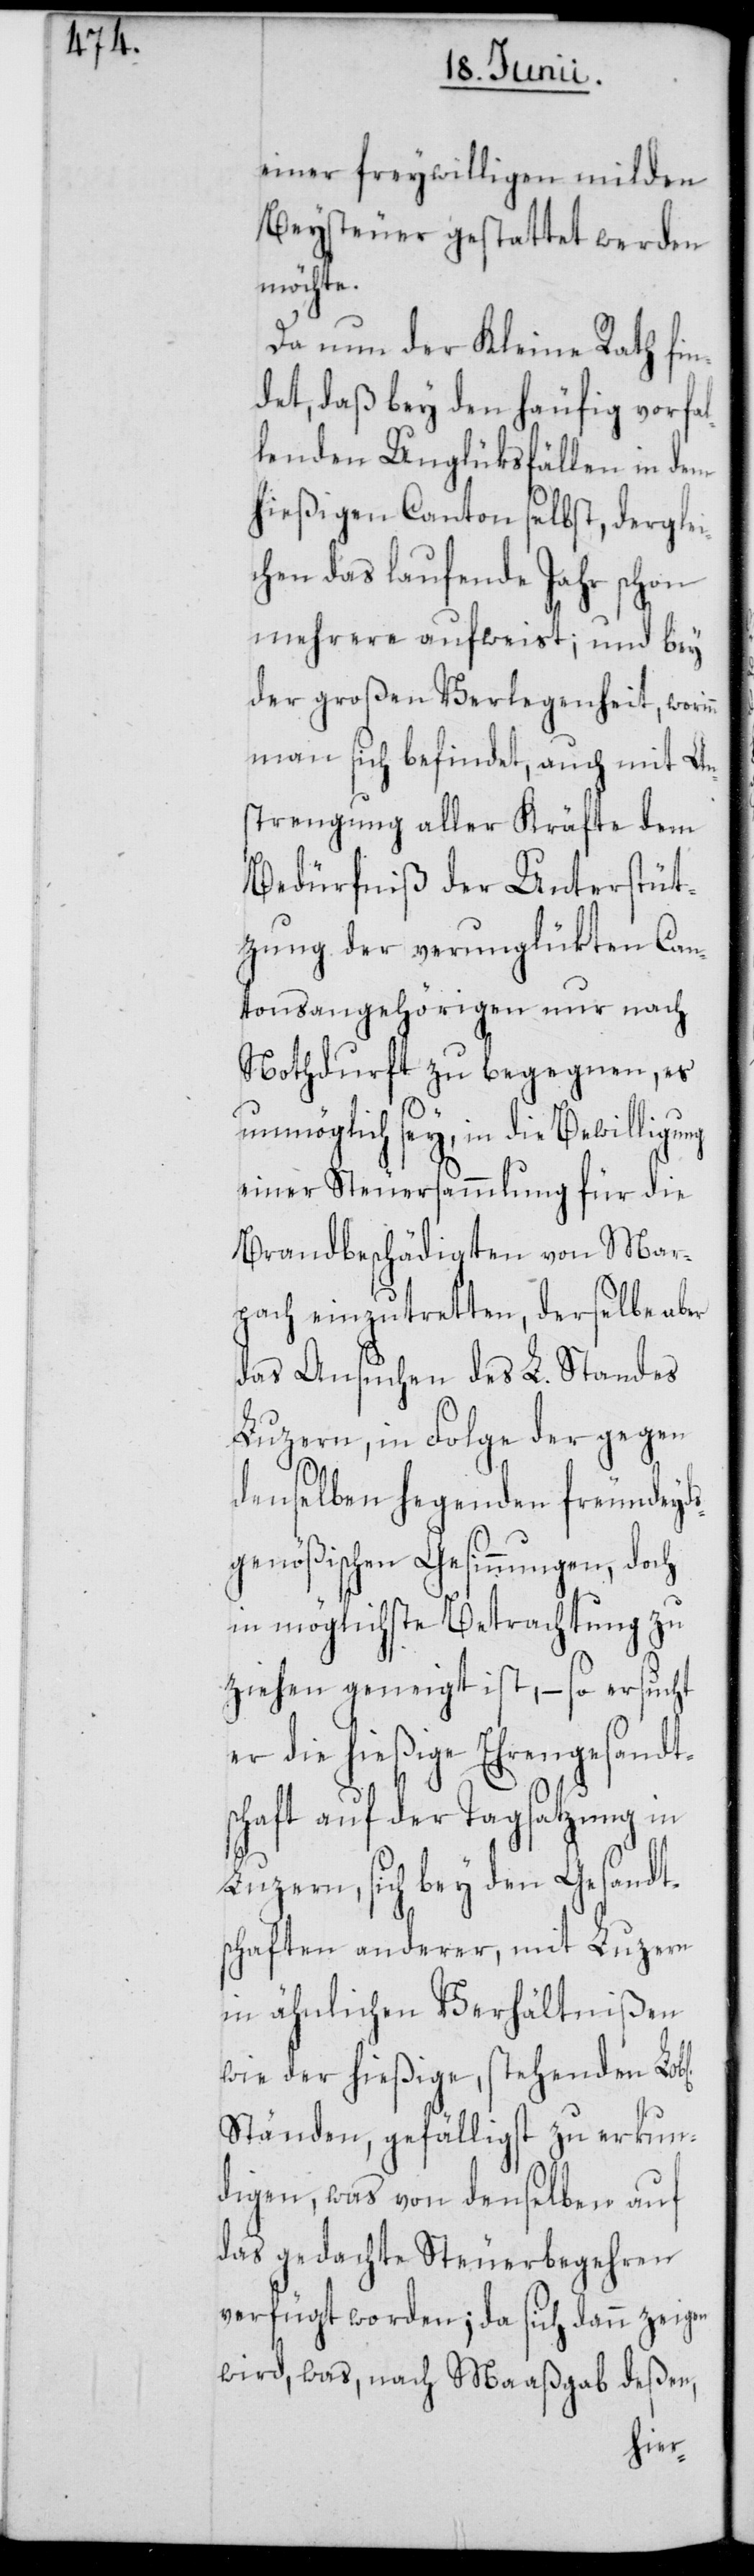
einer freywilligen milden
Beysteuer gestattet werden
möchte.
Da nun der Kleine Rath fin¬
det, daß bey den häufig vorfal¬
lenden Unglüksfällen in dem
hießigen Canton selbst, derglei¬
chen das laufende Jahr schon
mehrere aufweist; und bey
der großen Verlegenheit, worin¬
n man sich befindet, auch mit An¬
strengung aller Kräfte dem
Bedürfniß der Unterstüt¬
zung der verunglükten Can¬
tonsangehörigen nur nach
Nothdurft zu begegnen, es
unmöglich sey, in die Bewilligung
einer Steuersammlung für die
Brandbeschädigten von Mar¬
pach einzutretten, derselbe aber
das Ansuchen des L. Standes
Luzern, in Folge der gegen
denselben hegenden freundeyds¬
genößischen Gesinnungen, doch
in möglichste Betrachtung zu
ziehen geneigt ist, – so ersucht
er die hießige Ehrengesandts¬
chaft auf der Tagsatzung in
Luzern, sich bey den Gesandt¬
schaften anderer, mit Luzern
in ähnlichen Verhältnißen
wie der hießige, stehenden
Ständen, gefälligst zu erkun¬
digen, was von denselben auf
das gedachte Steuerbegehren
verfügt worden; da sich dann zeigen
wird, was, nach Maaßgab deßen,